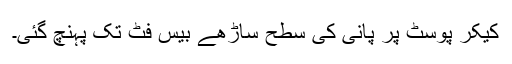
کیکر پوسٹ پر پانی کی سطح ساڑھے بیس فٹ تک پہنچ گئی۔